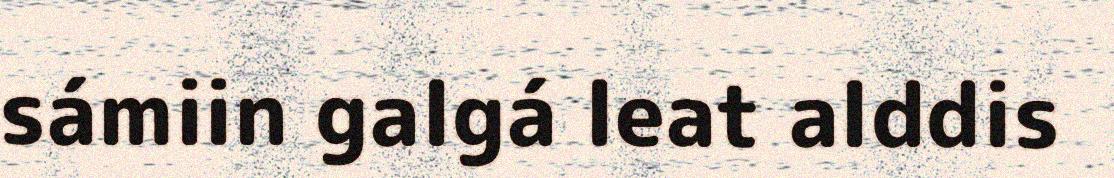
sámiin galgá leat alddis